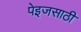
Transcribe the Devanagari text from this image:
पेइजसाठी